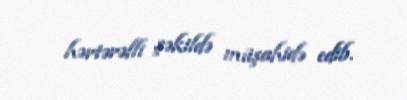
hərtərəfli şəkildə müşahidə edib.